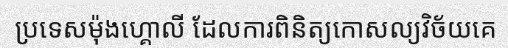
ប្រទេសម៉ុងហ្គោលី ដែលការពិនិត្យកោសល្យវិច័យគេ